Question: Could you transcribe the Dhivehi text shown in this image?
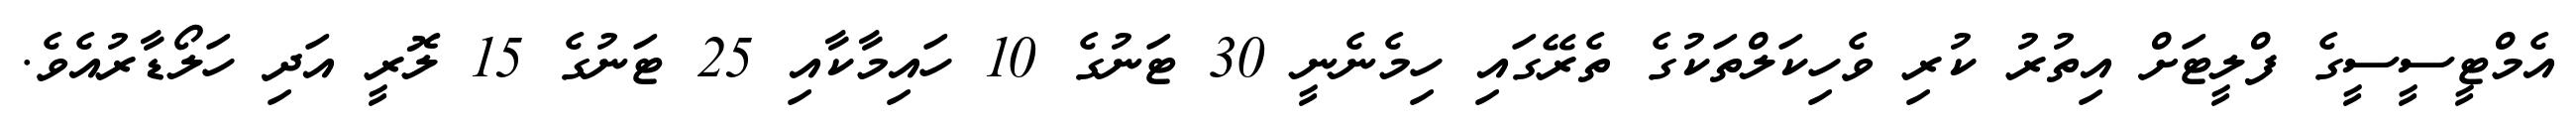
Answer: އެމްޓީސީސީގެ ފްލީޓަށް އިތުރު ކުރި ވެހިކަލްތަކުގެ ތެރޭގައި ހިމެނެނީ 30 ޓަނުގެ 10 ހައިމާކާއި 25 ޓަނުގެ 15 ލޮރީ އަދި ހަލޯޑާރުއެވެ.